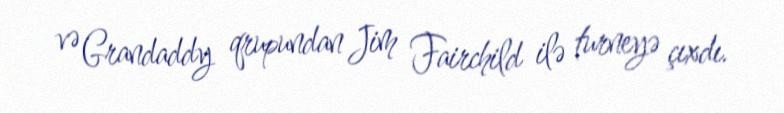
və Grandaddy qrupundan Jim Fairchild ilə turneyə çıxdı.